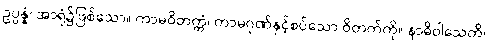
ဥပ္ပန္နံ၊ အာရုံ၌ဖြစ်သော။ ကာမဝိတက္ကံ၊ ကာမဂုဏ်နှင့်စပ်သော ဝိတက်ကို။ နာဓိဝါသေတိ၊